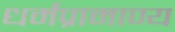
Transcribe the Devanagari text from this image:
धर्मप्रामाण्य